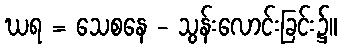
ဃရ = သေစနေ - သွန်းလောင်းခြင်း၌။